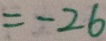
= - 2 6